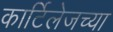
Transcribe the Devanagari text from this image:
कार्टिलेजच्या